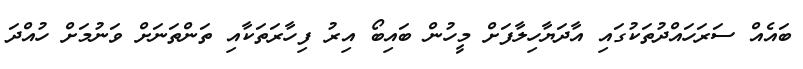
ބައެއް ސަރަހައްދުތަކުގައި އާދަޔާހިލާފަށް މީހުން ބައިބޯ އިރު ފިހާރަތަކާއި ތަންތަނަށް ވަނުމަށް ހުއްދަ